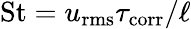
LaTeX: \mathrm{St}=u_{\mathrm{rms}}\tau_{\mathrm{corr}}/\ell